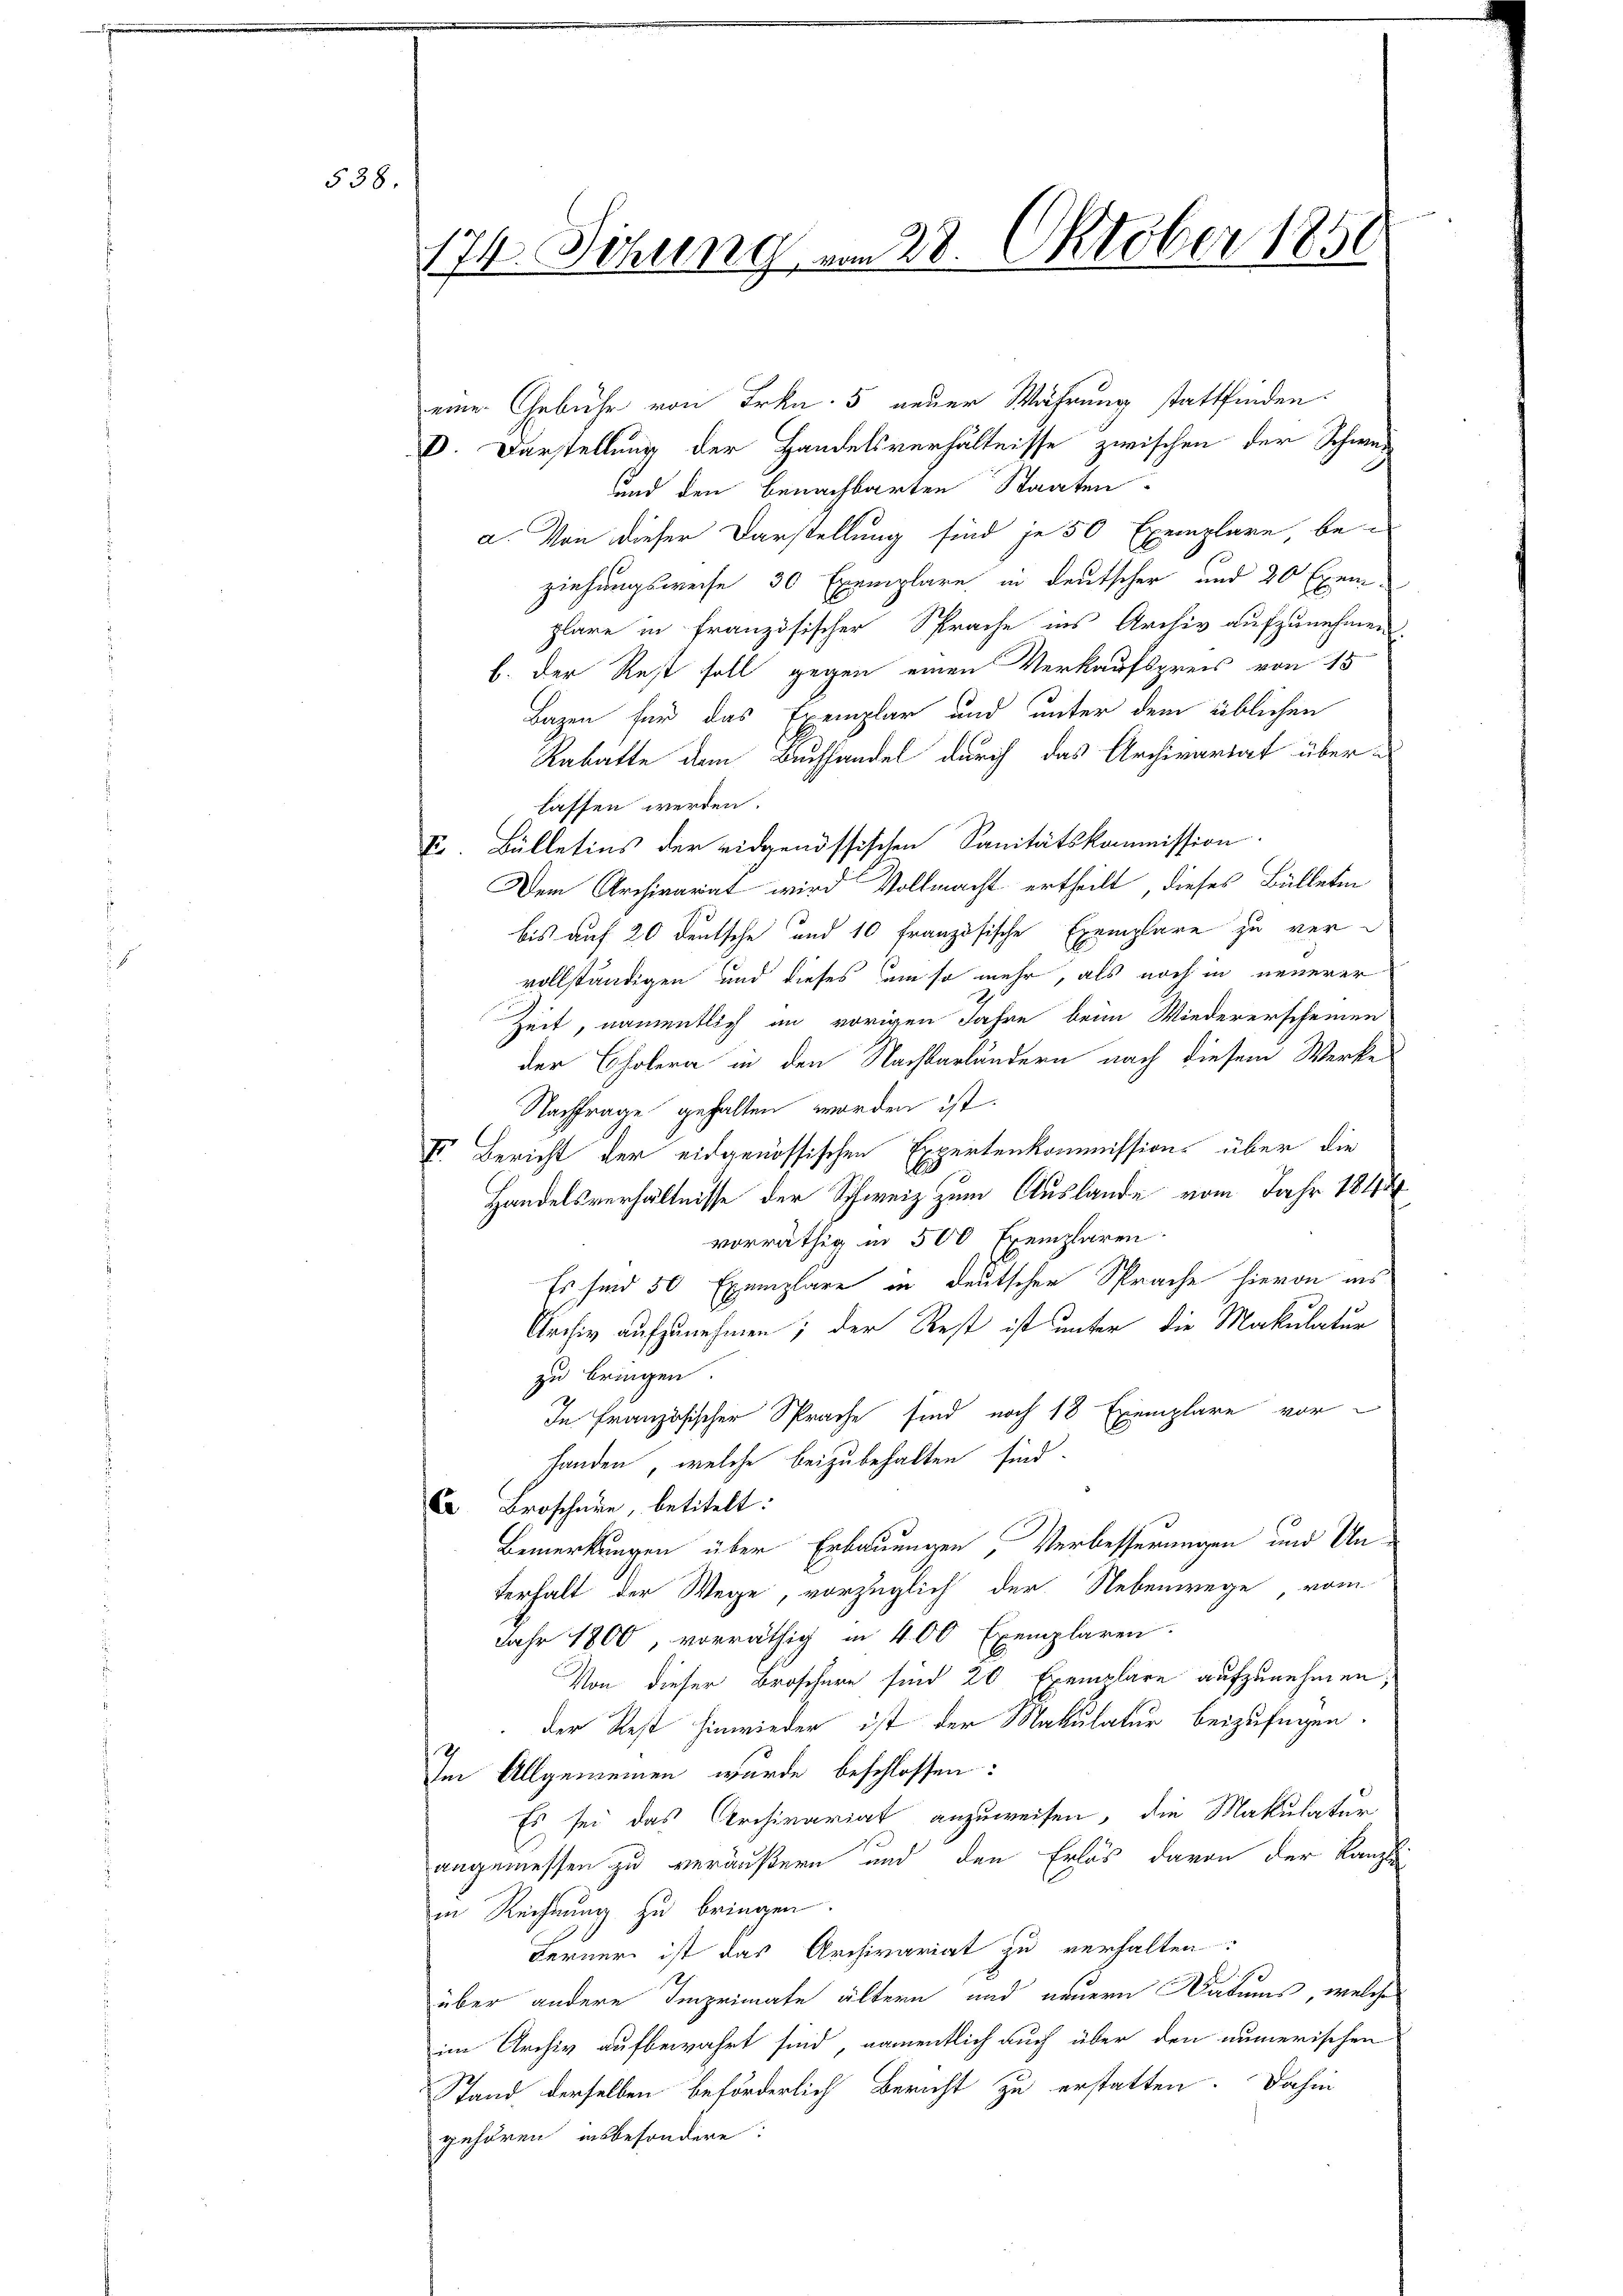
538.

174. Sitzung vom 28. Oktober 1850

eine Gebühr von Frkn. 5 neuer Währung stattfinden.
D. Darstellung der Handelsverhältnisse zwischen der Schwei
und den benachbarten Staaten
a. Von dieser Darstellung sind je 50 Exemplare be-
ziehungsweise 30 Exemplare in deutscher und 20 Exem
plare in französischer Sprache ins Archiv aufzunehmen.
b. Der Rest soll gegen einen Verkaufspreis von 15
Bazen für das Exemplar und unter dem üblichen
Rabatte dem Buchhandel durch das Archivariat über-
lassen werden.
V. Bülletins der eidgenössischen Sanitätskommission.
Dem Archivariat wird Vollmacht ertheilt, dieses Bülleten
bis auf 20 deutsche und 10 französische Exemplare zu vervollständigen und dieses um so mehr, als noch in neuerer
Zeit, namentlich in vorigen Jahre beim Wiedererscheinen
der Cholera in den Nachbarländern nach diesem Werke
Nachfrage gehalten worden ist.
II. Bericht der eidgenössischen Expertenkommission über die
Handelsverhältnisse der Schweiz zum Auslande vom Jahr 1844
vorräthig in 500 Exemplaren.
Es sind 50 Exemplare in deutschen Sprache hievon aus
Archiv aufzunehmen; der Rest ist unter die Makulatur
zu bringen.
In französischer Sprache sind noch 18 Exemplare vor-
handen, welche beizubehalten sind.
C Broschüre, betitelt:
Bemerkungen über Erbauungen Verbesserungen und Unterhalt der Wege, vorzüglich der Nebenwege vom
Jahr 1800, vorräthig in 400 Exemplaren:
Von dieser Broschern sind 20 Exemplare aufzunehmen;
der Rest hinwieder ist der Makulatur beizufügen.
.
ii Allgemeinen wurde beschlossen:
Es sei das Archivariat anzuweisen, die Makulatur
angemessen zu veräußern und den Erlös davon der Kanzl
in Reichnung zu bringen.
Ferner ist das Archivariat zu verhalten.
über andere Imprimate ältern und neuern Datums, welche
im Archiv aufbewahrt sind, namentlich auch über den numerischen
Stand derselben beförderlich Bericht zu erstatten. Dahin
gehören, insbesondere: